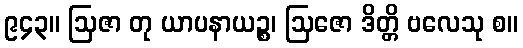
၉၄၃။ ဩဇာ တု ယာပနာယဉ္စ၊ ဩဇော ဒိတ္တိ ဗလေသု စ။